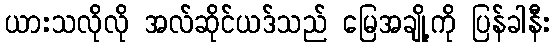
ယားသလိုလို အလ်ဆိုင်ယဒ်သည် မြေအချို့ကို ပြန်ခါနီး